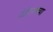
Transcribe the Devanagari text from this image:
वेडेपणाच्या